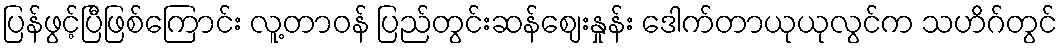
ပြန်ဖွင့်ပြီဖြစ်ကြောင်း လူ့တာဝန် ပြည်တွင်းဆန်ဈေးနှုန်း ဒေါက်တာယုယုလွင်က သဟိဂ်တွင်